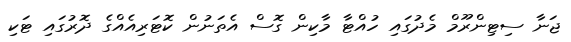
ޖަނާ ސިޓިންރޫމް މެދުގައި ހުއްޓާ މާކިން ގޮސް އެތަނުން ކޮޓަރިއެއްގެ ދޮރުގައި ޓަކި